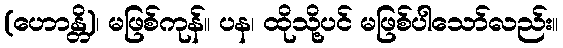
(ဟောန္တိ)၊ မဖြစ်ကုန်။ ပန၊ ထိုသို့ပင် မဖြစ်ပါသော်လည်း။